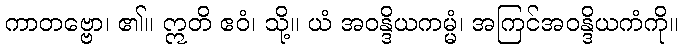
ကာတဗ္ဗော၊ ၏။ ဣတိ ဧဝံ၊ သို့။ ယံ အဝန္ဒိယကမ္မံ၊ အကြင်အဝန္ဒိယကံကို။